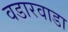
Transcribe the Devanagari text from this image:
वडारवाडा